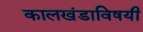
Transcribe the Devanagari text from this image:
कालखंडाविषयी